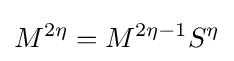
M^{2\eta }=M^{2\eta -1}S^{\eta }